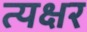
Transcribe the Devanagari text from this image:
त्यक्षर